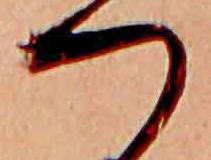
つ